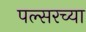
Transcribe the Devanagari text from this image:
पल्सरच्या